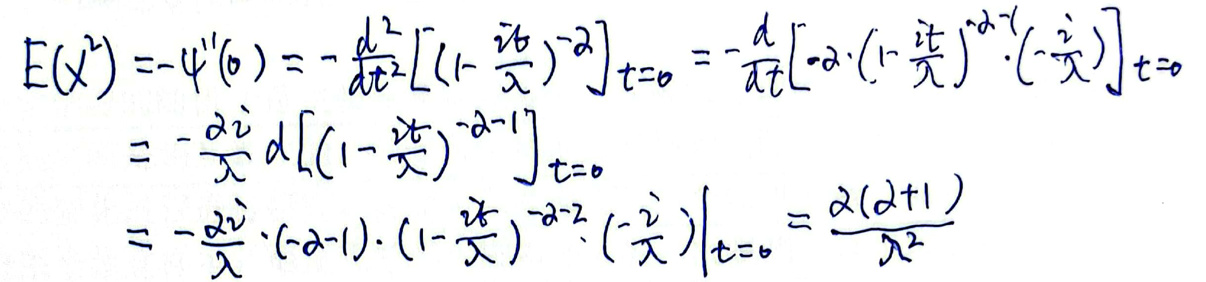
\[
\begin{align*}
E(X^{2})&=-\psi^{\prime\prime}(0)=-\frac{d^{2}}{dt^{2}}\left[(1 - \frac{it}{\lambda})^{-\alpha}\right]_{t = 0}=-\frac{d}{dt}\left[-\alpha\cdot(1 - \frac{it}{\lambda})^{-\alpha - 1}\cdot(-\frac{i}{\lambda})\right]_{t = 0}\\
&=-\frac{\alpha i}{\lambda}\frac{d}{dt}\left[(1 - \frac{it}{\lambda})^{-\alpha - 1}\right]_{t = 0}\\
&=-\frac{\alpha i}{\lambda}\cdot(-\alpha - 1)\cdot(1 - \frac{it}{\lambda})^{-\alpha - 2}\cdot(-\frac{i}{\lambda})\big|_{t = 0}=\frac{\alpha(\alpha + 1)}{\lambda^{2}}
\end{align*}
\]